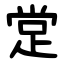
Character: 䟫